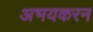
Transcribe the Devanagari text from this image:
अभयकरन